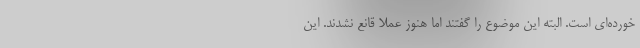
خورده‌ای است. البته این موضوع را گفتند اما هنوز عملا قانع نشدند. این